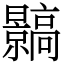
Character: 䯫